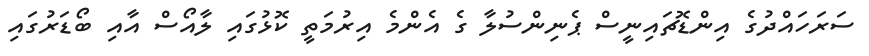
ސަރަހައްދުގެ އިންޑޮޗައިނީސް ޕެނިންސުލާ ގެ އެންމެ އިރުމަތީ ކޮޅުގައި ލާއޯސް އާއި ބޯޑަރުގައި